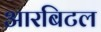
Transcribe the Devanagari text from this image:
आरबिटल